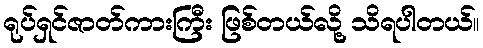
ရုပ်ရှင်ဇာတ်ကားကြီး ဖြစ်တယ်လို့ သိရပါတယ်။